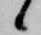
候